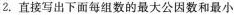
2.直接写出下面每组数的最大公因数和最小